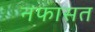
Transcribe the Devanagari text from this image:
नफासत